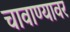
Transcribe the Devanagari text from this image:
चावाण्यावर